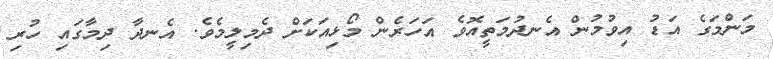
މަންމަގެ އަޑު އިވުމުން އެނދުމަތީއޮވެ އަހަރެން މޯޅިއަކަށް ދެމިލީމެވެ. އެނދާ ދިމާގައި ހުރި